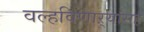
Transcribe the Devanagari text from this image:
वल्हविणाऱ्यांसह